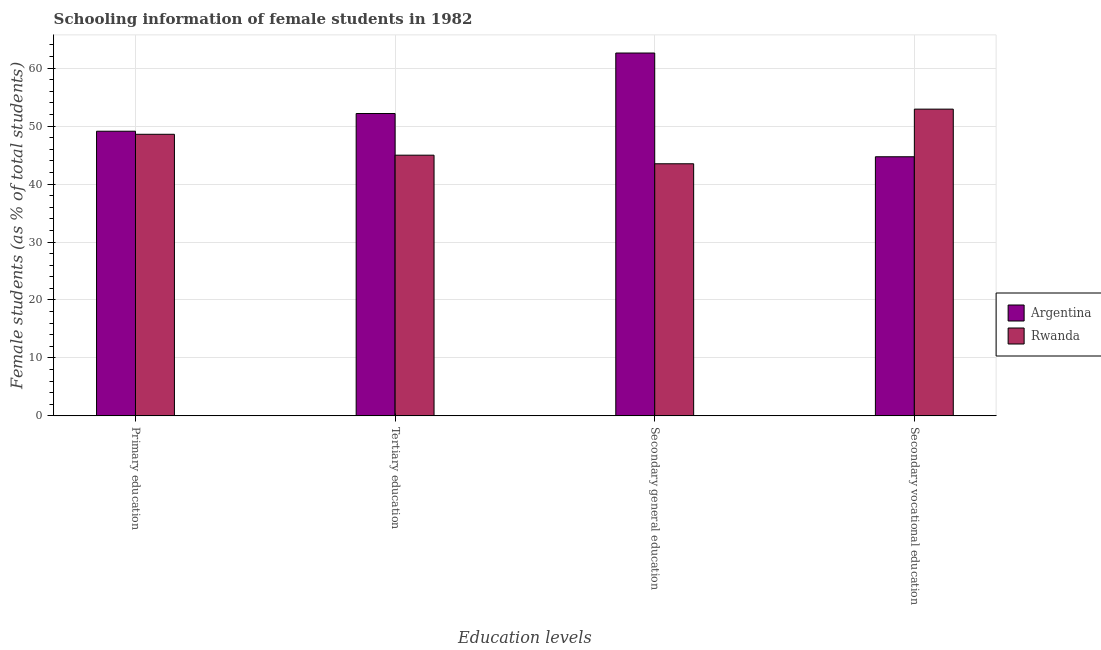
| Education levels | Argentina | Rwanda |
 | --- | --- | --- |
 | Primary education | 49.1 | 48.6 |
 | Tertiary education | 52.2 | 45 |
 | Secondary general education | 62.6 | 43.5 |
 | Secondary vocational education | 44.7 | 52.9 |